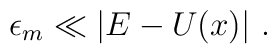
\epsilon_m \ll\vert E-U(x)\vert \ .